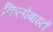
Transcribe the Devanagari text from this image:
किलोबाइटों